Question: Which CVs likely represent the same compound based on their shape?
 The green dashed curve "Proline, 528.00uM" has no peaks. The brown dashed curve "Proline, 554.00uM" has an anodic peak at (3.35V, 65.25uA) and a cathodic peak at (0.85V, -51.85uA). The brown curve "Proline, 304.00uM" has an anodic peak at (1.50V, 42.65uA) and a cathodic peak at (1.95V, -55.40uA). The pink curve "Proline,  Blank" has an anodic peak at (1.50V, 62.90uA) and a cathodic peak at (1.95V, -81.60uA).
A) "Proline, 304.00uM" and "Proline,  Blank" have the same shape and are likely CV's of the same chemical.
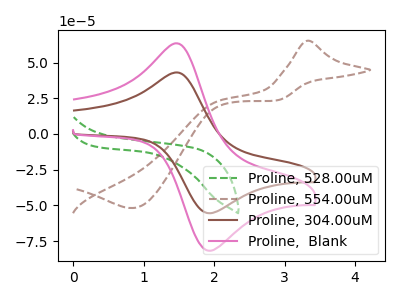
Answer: <think>"Proline, 528.00uM" and "Proline, 554.00uM" have a different number of peaks. "Proline, 528.00uM" and "Proline, 304.00uM" have a different number of peaks. "Proline, 528.00uM" and "Proline,  Blank" have a different number of peaks. "Proline, 554.00uM" and "Proline, 304.00uM" have at least one peak that do not match. "Proline, 554.00uM" and "Proline,  Blank" have at least one peak that do not match. All the peaks in "Proline, 304.00uM" have a peak in "Proline,  Blank" at the same potential. Every peak in "Proline, 304.00uM" is lower than every peak in "Proline,  Blank".
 </think>
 <answer>A) "Proline, 304.00uM" and "Proline,  Blank" have the same shape and are likely CV's of the same chemical.</answer>
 <eval>A</eval>